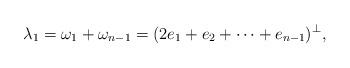
LaTeX: \begin{align*} \lambda_1 = \omega_1 + \omega_{n-1} = (2e_1 + e_2 + \dots + e_{n-1})^\perp, \end{align*}